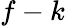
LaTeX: f-k